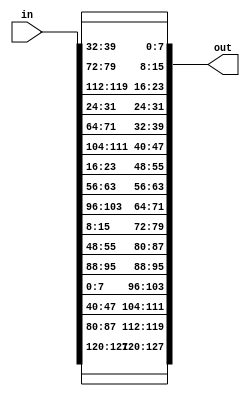
module shift_rows
(
    input [127:0] in,
    output[127:0] out
);

//col0
assign out[127-:8] = in[127-:8];
assign out[119-:8] = in[87-:8];
assign out[111-:8] = in[47-:8];
assign out[103-:8] = in[7:0];
//col1
assign out[95-:8] = in[95-:8];
assign out[87-:8] = in[55-:8];
assign out[79-:8] = in[15-:8];
assign out[71-:8] = in[103-:8];
//col2
assign out[63-:8] = in[63-:8];
assign out[55-:8] = in[23-:8];
assign out[47-:8] = in[111-:8];
assign out[39-:8] = in[71-:8];
//col3
assign out[31-:8] = in[31-:8];
assign out[23-:8] = in[119-:8];
assign out[15-:8] = in[79-:8];
assign out[7-:8]  = in[39-:8];


endmodule